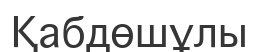
Қабдөшұлы